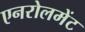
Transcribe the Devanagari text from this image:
एनरोलमेंट